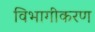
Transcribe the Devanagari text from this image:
विभागीकरण